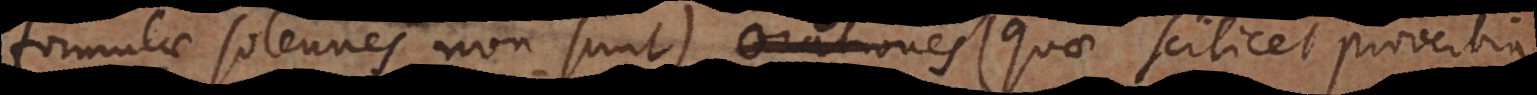
formulae solennes non sunt) orationes (quae scilicet proverbia